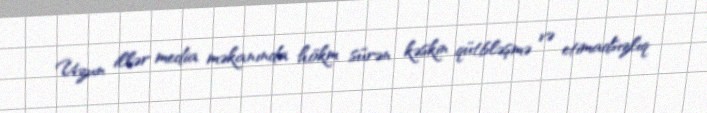
Uzun illər media məkanında hökm sürən kəskin qütbləşmə və etimadsızlıq